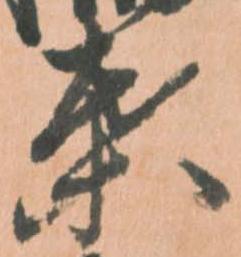
葉